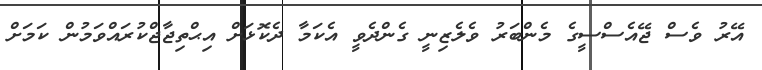
އޭރު ވެސް ޖޭއެސްސީގެ މެންބަރު ވެލެޒިނީ ގެންދެވީ އެކަމާ ދެކޮޅަށް އިޙްތިޖާޖްކުރައްވަމުން ކަމަށް